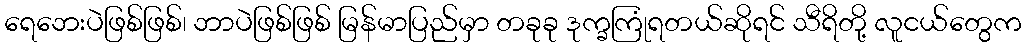
ရေဘေးပဲဖြစ်ဖြစ်၊ ဘာပဲဖြစ်ဖြစ် မြန်မာပြည်မှာ တခုခု ဒုက္ခကြုံရတယ်ဆိုရင် သီရိတို့ လူငယ်တွေက